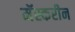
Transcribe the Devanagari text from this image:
मॅस्करीन